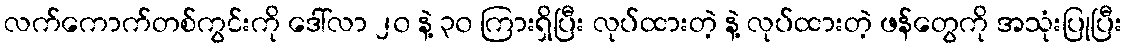
လက်ကောက်တစ်ကွင်းကို ဒေါ်လာ ၂၀ နဲ့ ၃၀ ကြားရှိပြီး လုပ်ထားတဲ့ နဲ့ လုပ်ထားတဲ့ ဖန်တွေကို အသုံးပြုပြီး